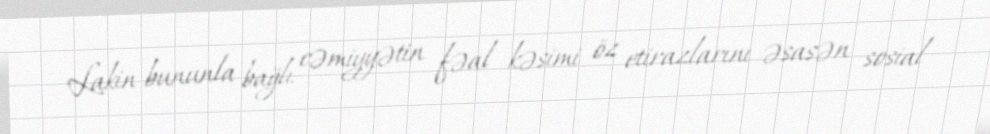
Lakin bununla bağlı cəmiyyətin fəal kəsimi öz etirazlarını əsasən sosial